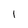
Character: l